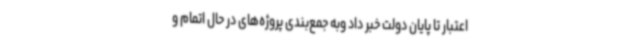
اعتبار تا پایان دولت خبر داد وبه جمع‌بندی پروژه‌های در حال اتمام و